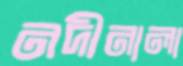
নদীনালা